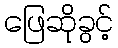
ဖြေဆိုခွင့်